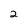
Character: 2